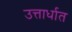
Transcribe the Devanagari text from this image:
उत्तार्धात